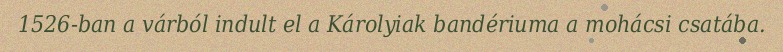
1526-ban a várból indult el a Károlyiak bandériuma a mohácsi csatába.